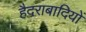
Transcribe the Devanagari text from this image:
हैदराबादियों